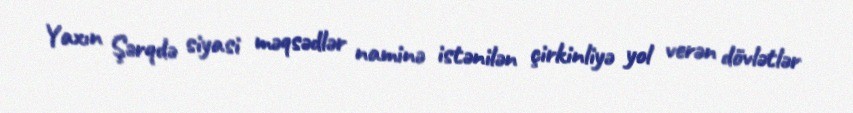
Yaxın Şərqdə siyasi məqsədlər naminə istənilən çirkinliyə yol verən dövlətlər